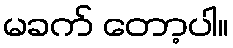
မခက် တော့ပါ။